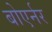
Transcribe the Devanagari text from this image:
बोएर्नर